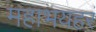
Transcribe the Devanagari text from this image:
महाभयहरं